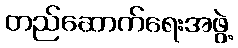
တည်ဆောက်ရေးအဖွဲ့